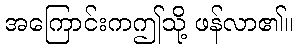
အကြောင်းကဤသို့ ဖန်လာ၏။